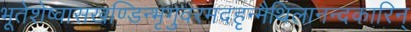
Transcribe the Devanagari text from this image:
भूतेशेष्वासखण्डिन्भृगुवरमदहृन्मैथिलानन्दकारिन्